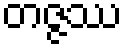
တဇ္ဇဿ